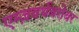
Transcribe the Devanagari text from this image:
एम्ज़वर्थबरोबर